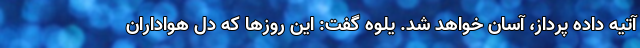
آتیه داده پرداز، آسان خواهد شد. یلوه گفت: این روزها که دل هواداران